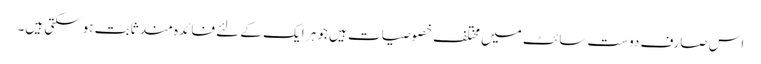
اس صارف دوست سائٹ میں مختلف خصوصیات ہیں جو ہر ایک کے لئے فائدہ مند ثابت ہوسکتی ہیں۔